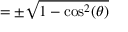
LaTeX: = \pm { \sqrt { 1 - \cos ^ { 2 } ( \theta ) } }